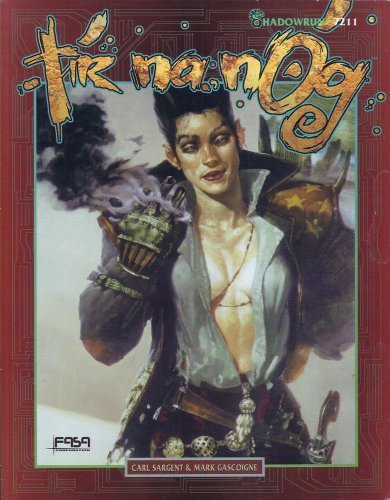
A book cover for Tir Na Nog (Shadowrun 7211); Carl Sargent; Science Fiction & Fantasy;